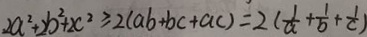
2 a ^ { 2 } + 2 b ^ { 2 } + 2 c ^ { 2 } \geq 2 ( a b + b c + a c ) = 2 ( \frac { 1 } { a } + \frac { 1 } { b } + \frac { 1 } { c } )